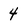
Character: 4